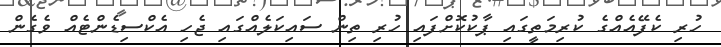
ހުރި ކެފޭއެއްގެ ކުރިމަތީގައި ޕާކުކޮށްފައި ހުރި ތިން ސައިކަލެއްގައި ޖެހި އެކްސިޑެންޓެއް ވެގެން